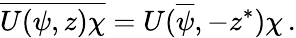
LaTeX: \overline{{{U(\psi,z)\chi}}}=U(\overline{{\psi}},-z^{\ast})\chi\, .